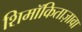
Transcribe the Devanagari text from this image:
शिमॉकिताज़ावा